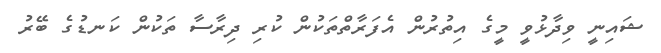
ޝައިނީ ވިދާޅުވީ މީގެ އިތުރުން އެފަރާތްތަކުން ކުރި ދިރާސާ ތަކުން ކަނޑުގެ ބޭރު